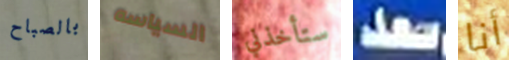
بالصباح السياسه ستأخذني سعد أنا